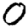
Digit: 0